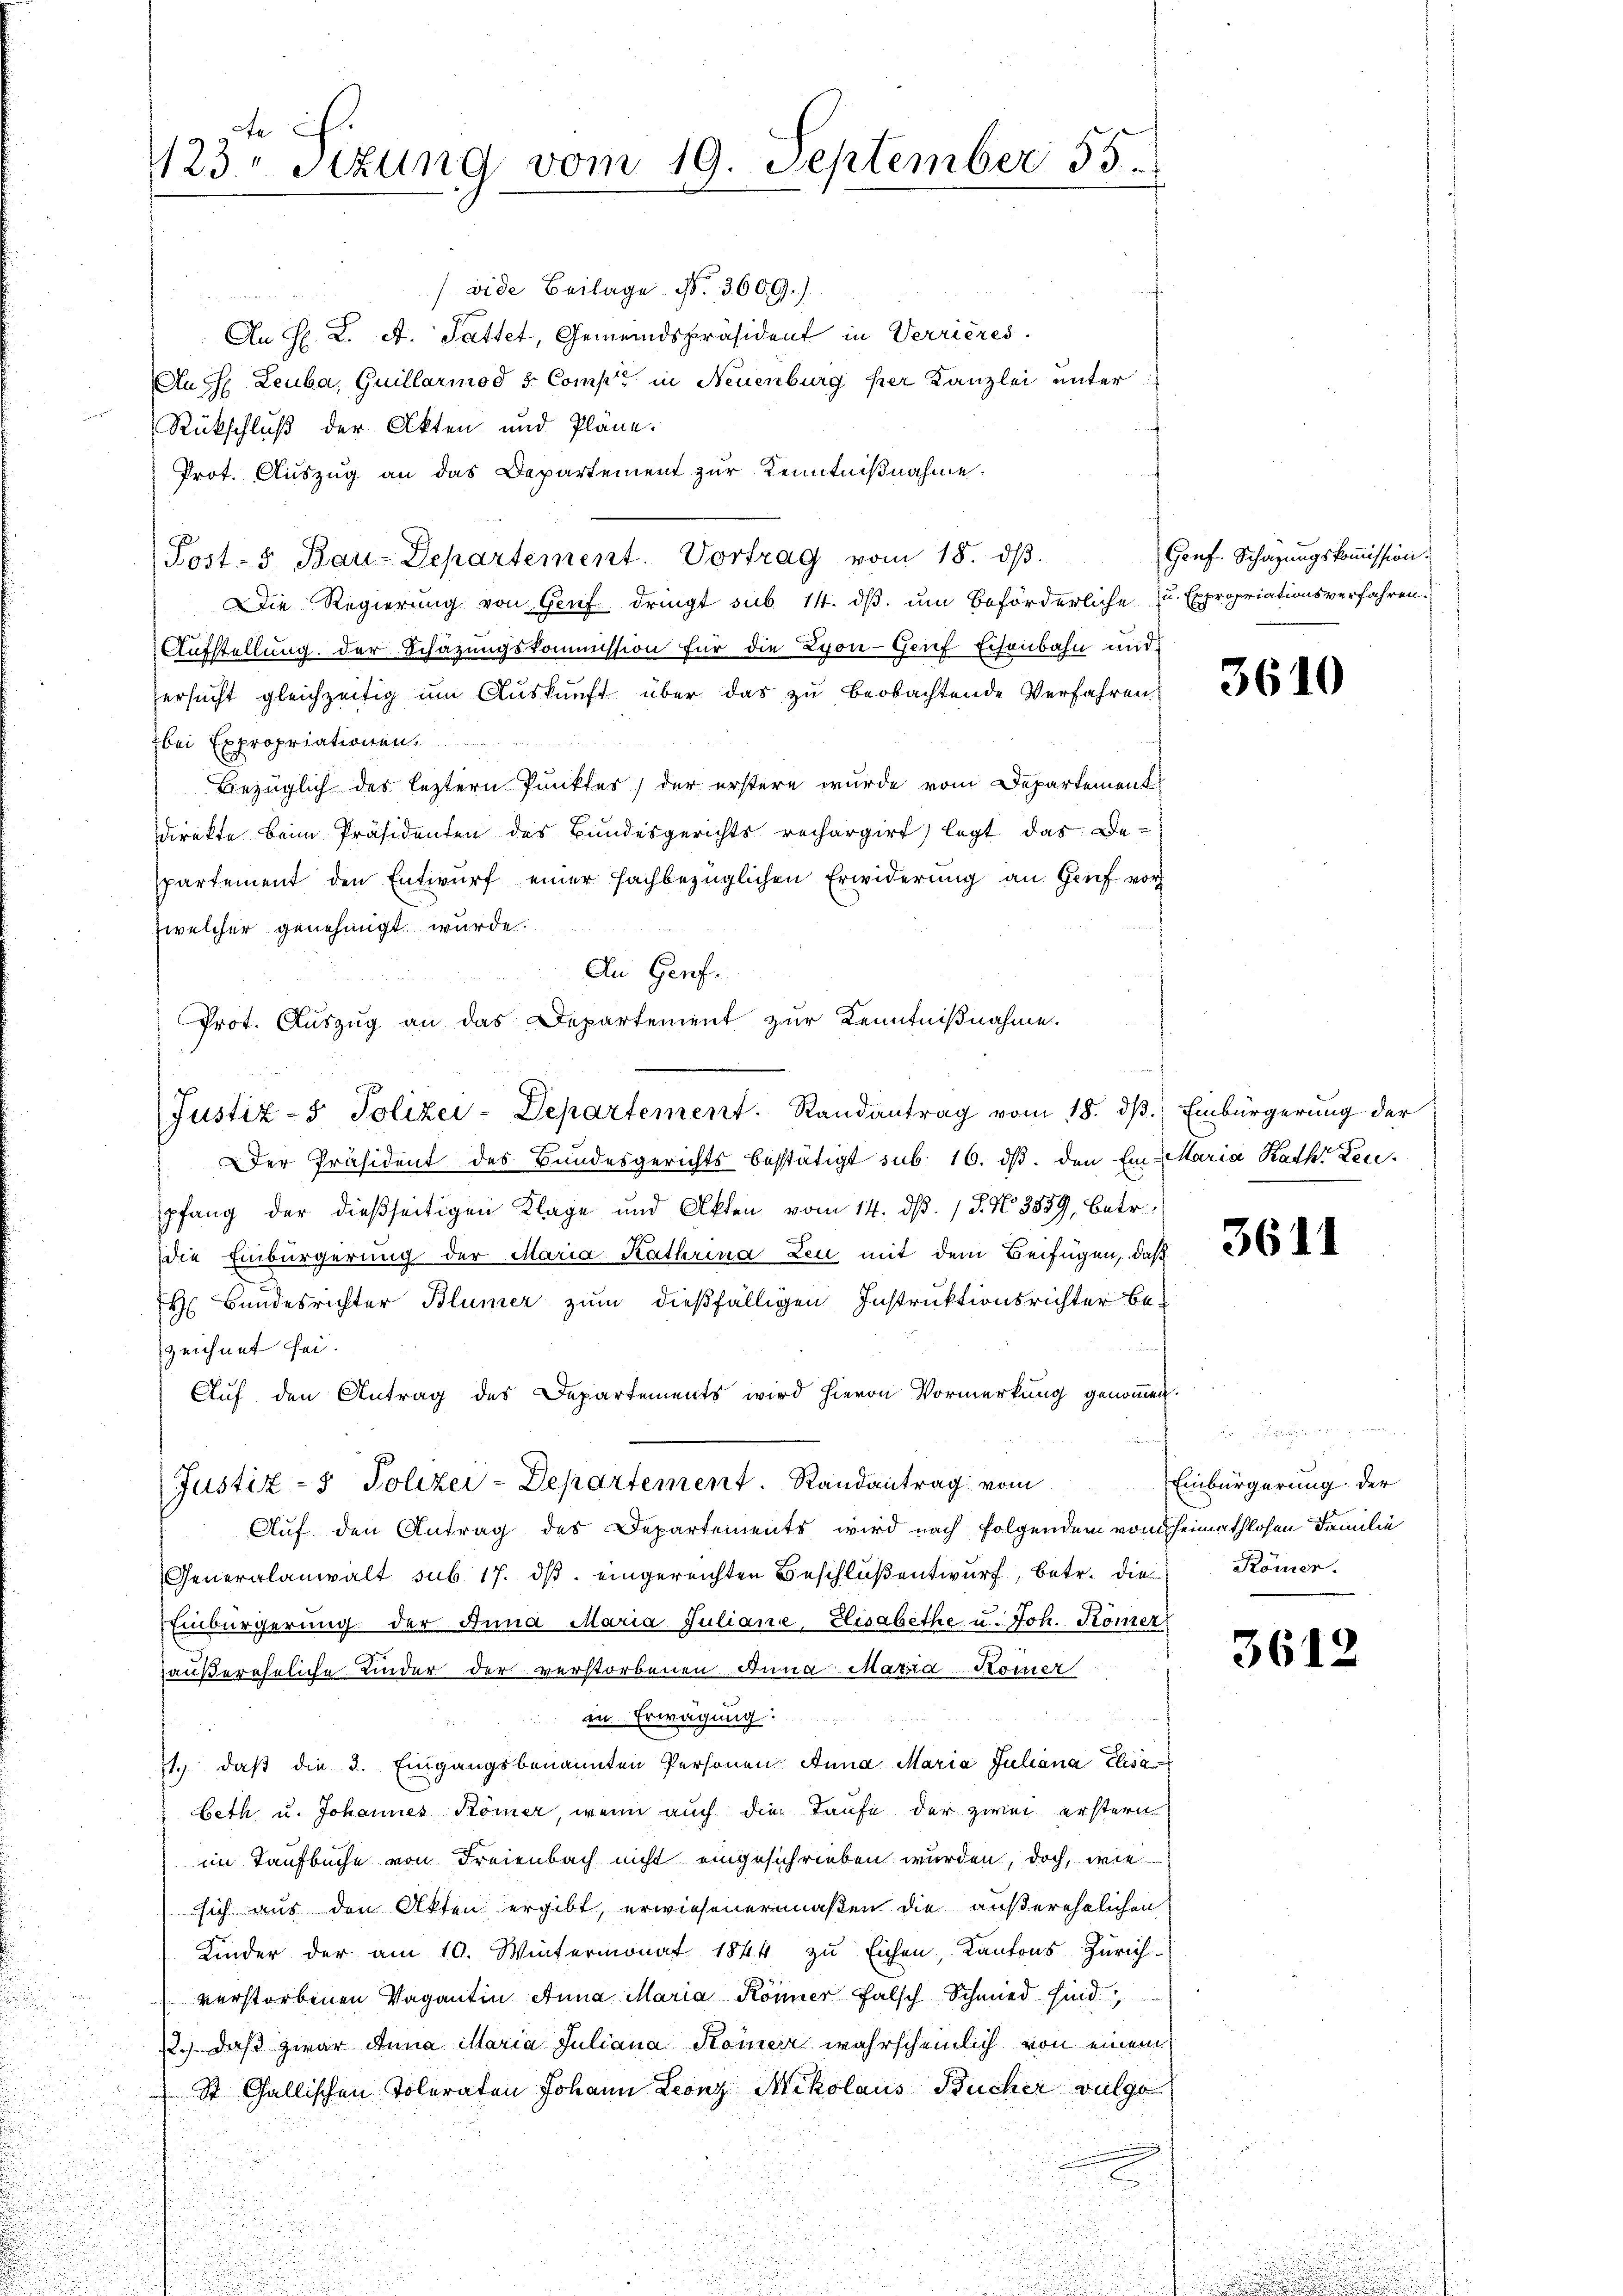
e
123. Sitzung vom 19. September 55.

(vide Beilage No. 3600.)
An H. K. A. Sattet, Gemeindspräsident in Verrieres.
An H: Leuba, Guillarmod s. Comp. in Neuenburg per Kanzlei unter
Rückschluß der Akten und Pläne.
Prot. Auszug an das Departement zur Kenntnißnahme.
Die Regierung von Genf dringt sub 14. ds um beförderliche zu Expropriationsverfahren.
Aufstellung der Schazungskommission für die Lyon- Genf Eisenbahn und
ersucht gleichzeitig um Auskunft über das zu beobachtende Verfahren
bei Expropriationen
bezüglich der leztern Punkter, der erstere wurde vom Departement
direkte beim Präsidenten des Bundesgerichts rechargirt, legt das Be-
partement den Entwurf einer fachbezüglichen Erwiderung an Grief vor
Zwelcher genehmigt wurde.
An Genf.
Prot. Auszug an das Departement zur Kenntnißnahme.
Justiz- & Polizei-Departement. Randantrag vom 18. dβ.) Einbürgerung der
Der Präsident des Bundesgerichts bestätigt sub. 16. dβ. den Ein Maria Rath Zeupfang der dießseitigen Klage und Akten vom 14. dß. / 5. No. 3539, betr.
die Einbürgerung der Maria Kathrina Leu mit dem Beifügen, daß
H Bundesrichter Blümer zum dießfälligen Instruktionsrichter be-

zeichnet sei.
Auf den Antrag des Departements wird hievon Vormerkung genommen.
Justiz- & Polizei-Departement. Randantrag vom
Auf den Antrag des Departements wird nach folgendem vom Heimathlosen Familie
Generalanwalt sub. 17. dβ eingereichten Beschlüβentwurf, betr. die Römer.
Einbürgerung der Anna Maria Juliane, Elisabethe u. Joh. Kömer
außereheliche Kinder der verstorbenen Anna Maria Komer
in Erwägung
71. daß die 3. Eingangsbenannten Personen Anna Maria Juliana Elisabeth u. Johannes Römer, wenn auch die Taufe der zwei erstern
im Taufbuche von Freienbach nicht eingeschrieben wurden, doch, wie
sich aus den Akten ergibt, erwiesenermaßen die außerehelichen
Kinder der am 10. Wintermonat 1844 zu Eichen, Kantons Zürich
verstorbenen Vagantin Anna Maria Könner Falsch Schmied sind,
12. daß zwar Anna Maria Juliana Komer wahrscheinlich von einem
St. Gallischen Toleraten Johann Leonz Mikolaus Bücher vulgo
u

Post- 5. Bau-Departement. Vortrag vom 18. dβ.

Genf. Schazungskommission.

3610

3611

3
Einbürgerung der

3612